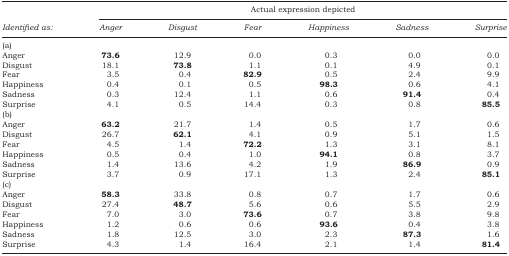
<table><thead><tr><td></td><td colspan="6"><b>Actual expression depicted</b></td></tr><tr><td><b>Identified as:</b></td><td><b>Anger</b></td><td><b>Disgust</b></td><td><b>Fear</b></td><td><b>Happiness</b></td><td><b>Sadness</b></td><td><b>Surprise</b></td></tr></thead><tbody><tr><td colspan="7">(a)</td></tr><tr><td>Anger</td><td><b>73.6</b></td><td>12.9</td><td>0.0</td><td>0.3</td><td>0.0</td><td>0.0</td></tr><tr><td>Disgust</td><td>18.1</td><td><b>73.8</b></td><td>1.1</td><td>0.1</td><td>4.9</td><td>0.1</td></tr><tr><td>Fear</td><td>3.5</td><td>0.4</td><td><b>82.9</b></td><td>0.5</td><td>2.4</td><td>9.9</td></tr><tr><td>Happiness</td><td>0.4</td><td>0.1</td><td>0.5</td><td><b>98.3</b></td><td>0.6</td><td>4.1</td></tr><tr><td>Sadness</td><td>0.3</td><td>12.4</td><td>1.1</td><td>0.6</td><td><b>91.4</b></td><td>0.4</td></tr><tr><td>Surprise</td><td>4.1</td><td>0.5</td><td>14.4</td><td>0.3</td><td>0.8</td><td><b>85.5</b></td></tr><tr><td colspan="7">(b)</td></tr><tr><td>Anger</td><td><b>63.2</b></td><td>21.7</td><td>1.4</td><td>0.5</td><td>1.7</td><td>0.6</td></tr><tr><td>Disgust</td><td>26.7</td><td><b>62.1</b></td><td>4.1</td><td>0.9</td><td>5.1</td><td>1.5</td></tr><tr><td>Fear</td><td>4.5</td><td>1.4</td><td><b>72.2</b></td><td>1.3</td><td>3.1</td><td>8.1</td></tr><tr><td>Happiness</td><td>0.5</td><td>0.4</td><td>1.0</td><td><b>94.1</b></td><td>0.8</td><td>3.7</td></tr><tr><td>Sadness</td><td>1.4</td><td>13.6</td><td>4.2</td><td>1.9</td><td>86.9</td><td>0.9</td></tr><tr><td>Surprise</td><td>3.7</td><td>0.9</td><td>17.1</td><td>1.3</td><td>2.4</td><td><b>85.1</b></td></tr><tr><td colspan="7">(c)</td></tr><tr><td>Anger</td><td><b>58.3</b></td><td>33.8</td><td>0.8</td><td>0.7</td><td>1.7</td><td>0.6</td></tr><tr><td>Disgust</td><td>27.4</td><td><b>48.7</b></td><td>5.6</td><td>0.6</td><td>5.5</td><td>2.9</td></tr><tr><td>Fear</td><td>7.0</td><td>3.0</td><td><b>73.6</b></td><td>0.7</td><td>3.8</td><td>9.8</td></tr><tr><td>Happiness</td><td>1.2</td><td>0.6</td><td>0.6</td><td><b>93.6</b></td><td>0.4</td><td>3.8</td></tr><tr><td>Sadness</td><td>1.8</td><td>12.5</td><td>3.0</td><td>2.3</td><td><b>87.3</b></td><td>1.6</td></tr><tr><td>Surprise</td><td>4.3</td><td>1.4</td><td>16.4</td><td>2.1</td><td>1.4</td><td><b>81.4</b></td></tr></tbody></table>